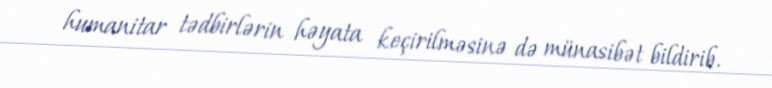
humanitar tədbirlərin həyata keçirilməsinə də münasibət bildirib.